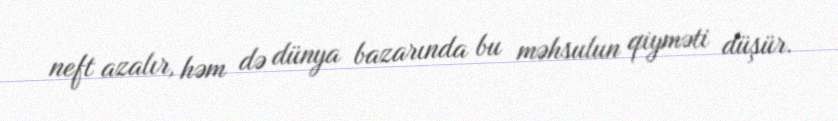
neft azalır, həm də dünya bazarında bu məhsulun qiyməti düşür.